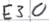
Text: E3.0